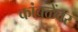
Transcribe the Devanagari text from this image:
कांबळेंवर